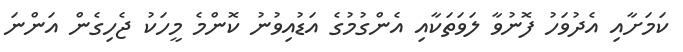
ކަމަށާއި އެދުވަހު ފޮނުވާ ލަވަތަކާއި އެންގުމުގެ އަޑުއިވުނު ކޮންމެ މީހަކު ޖެހިގެން އަންނަ